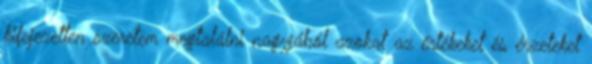
kifejezetten szeretem megtalálni nagyjából azokat az értékeket és érzeteket